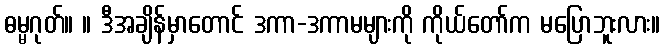
ဓမ္မဂုတ်။ ။ ဒီအချိန်မှာတောင် ဒကာ-ဒကာမများကို ကိုယ်တော်က မပြောဘူးလား။